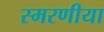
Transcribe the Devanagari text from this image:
स्मरणीया